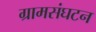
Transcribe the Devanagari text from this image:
ग्रामसंघटन